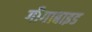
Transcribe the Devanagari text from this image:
गीगाबाइड